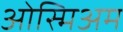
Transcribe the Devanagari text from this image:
ओस्मिअम